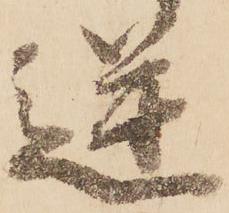
逆